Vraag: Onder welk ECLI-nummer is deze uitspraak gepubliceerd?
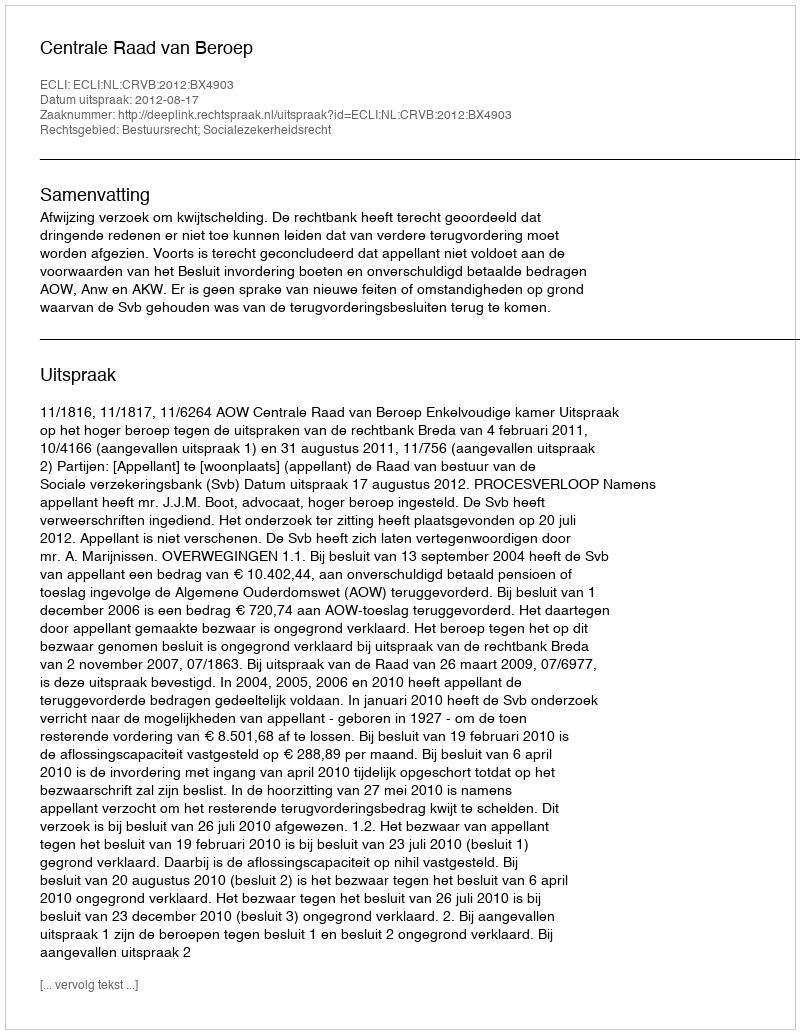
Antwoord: ECLI:NL:CRVB:2012:BX4903